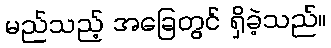
မည်သည့် အခြေတွင် ရှိခဲ့သည်။